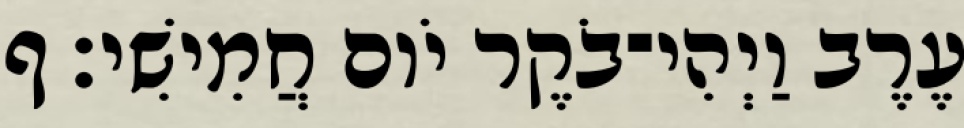
עֶרֶב וַיְהִי־בֹקֶר יֹום חֲמִישִׁי׃ ף